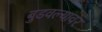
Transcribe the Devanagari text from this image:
बुडवल्यावर